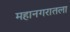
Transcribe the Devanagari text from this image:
महानगरातला